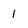
Character: 1